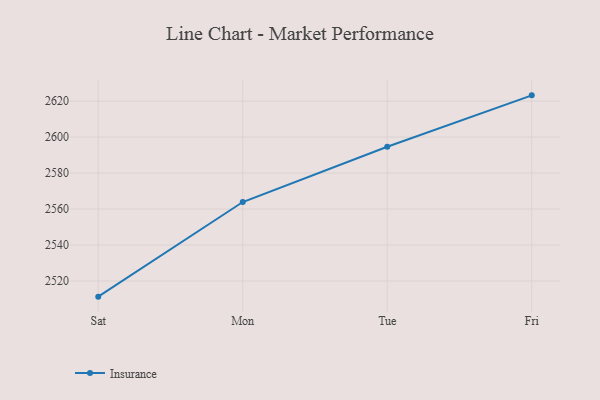
{"axis": {"x": "Day", "y": "Gross Profit (USD K)"}, "legend": ["Insurance"], "data": [{"x": "Sat", "y": 2511.3, "type": "Insurance"}, {"x": "Mon", "y": 2563.9, "type": "Insurance"}, {"x": "Tue", "y": 2594.6, "type": "Insurance"}, {"x": "Fri", "y": 2623.2, "type": "Insurance"}]}